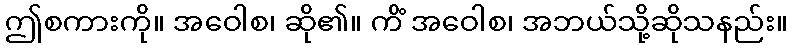
ဤစကားကို။ အဝေါစ၊ ဆို၏။ ကိံ အဝေါစ၊ အဘယ်သို့ဆိုသနည်း။